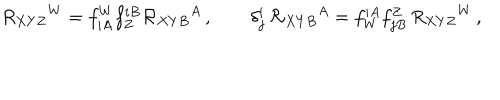
R _ { X Y Z } { } ^ { W } = f _ { i A } ^ { W } f _ { Z } ^ { i B } { \cal R } _ { X Y B } { } ^ { A } \, , \qquad \delta _ { j } ^ { i } \, { \cal R } _ { X Y B } { } ^ { A } = f _ { W } ^ { i A } f _ { j B } ^ { Z } \, R _ { X Y Z } { } ^ { W } \, ,